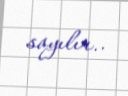
sayılır..